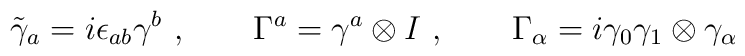
\tilde \gamma_a = i \epsilon_{ab} \gamma^b \ , \qquad \Gamma^a = \gamma^a\otimes I \ , \qquad \Gamma_\alpha = i \gamma_0 \gamma_1 \otimes \gamma_\alpha\,